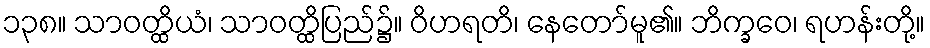
၁၃၈။ သာဝတ္ထိယံ၊ သာဝတ္ထိပြည်၌။ ဝိဟရတိ၊ နေတော်မူ၏။ ဘိက္ခဝေ၊ ရဟန်းတို့။